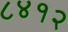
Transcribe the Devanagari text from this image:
८४१२